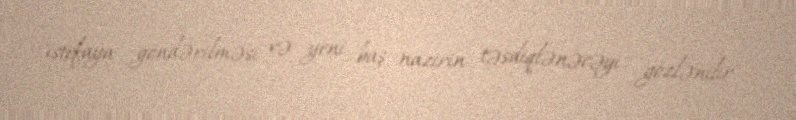
istefaya göndərilməsi və yeni baş nazirin təsdiqlənəcəyi gözlənilir.